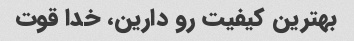
بهترین کیفیت رو دارین، خدا قوت